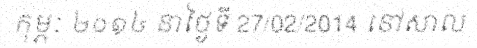
កុម្ភៈ ២០១៤ នាថ្ងៃទី 27/02/2014 នៅសាល